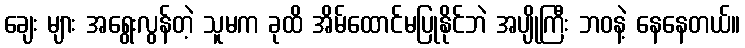
ချေး များ အရွေးလွန်တဲ့ သူမက ခုထိ အိမ်ထောင်မပြုနိုင်ဘဲ အပျိုကြီး ဘဝနဲ့ နေနေတယ်။